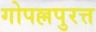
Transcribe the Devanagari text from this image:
गोपल्लपुरत्त